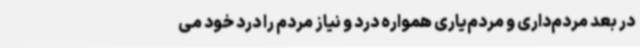
در بعد مردم‌داری و مردم‌یاری همواره درد و نیاز مردم را درد خود می